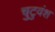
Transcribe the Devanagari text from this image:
चुटुवंश